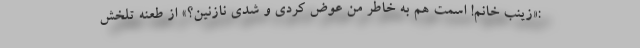
:«زینب خانم! اسمت هم به خاطر من عوض کردی و شدی نازنین؟» از طعنه تلخش